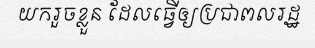
យករួចខ្លួន ដែលធ្វើឲ្យប្រជាពលរដ្ឋ